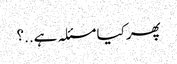
پھر کیا مسئلہ ہے..؟